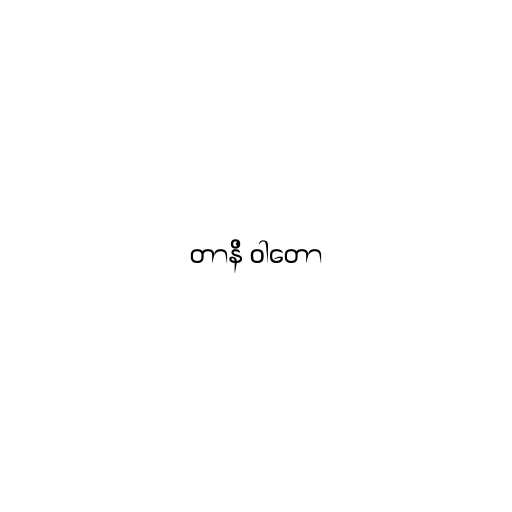
တာနိ ဝါတော